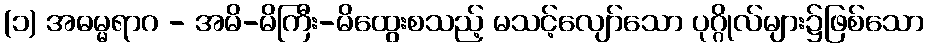
(၁) အဓမ္မရာဂ - အမိ-မိကြီး-မိထွေးစသည့် မသင့်လျော်သော ပုဂ္ဂိုလ်များ၌ဖြစ်သော